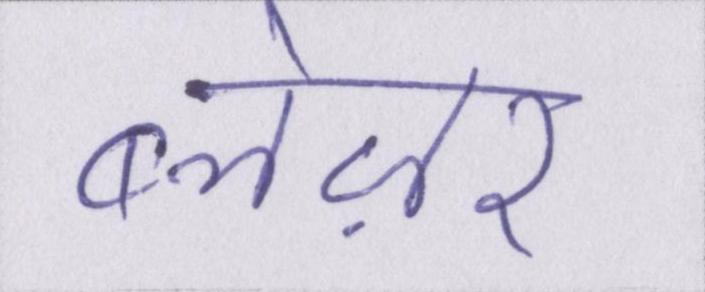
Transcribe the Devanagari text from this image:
ब्लेज़र